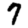
Digit: 7